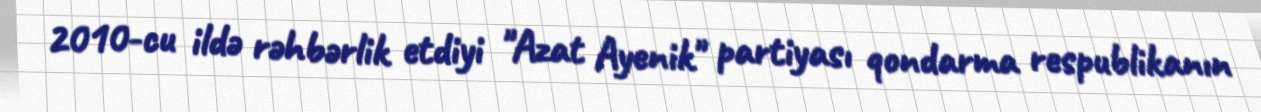
2010-cu ildə rəhbərlik etdiyi "Azat Ayenik" partiyası qondarma respublikanın